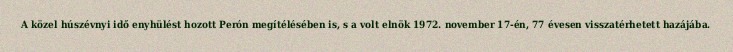
A közel húszévnyi idő enyhülést hozott Perón megítélésében is, s a volt elnök 1972. november 17-én, 77 évesen visszatérhetett hazájába.